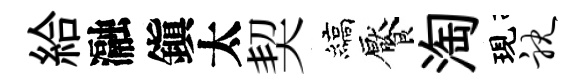
給瀜鎭太契縞饜淘現耽